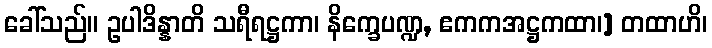
ခေါ်သည်။ ဥပါဒိန္နာတိ သရီရဋ္ဌကာ၊ နိက္ခေပဏ္ဍ, ဧကကအဋ္ဌကထာ၊] တထာဟိ၊